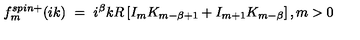
f _ { m } ^ { s p i n + } ( i k ) \ = \ i ^ { \beta } k R \left[ I _ { m } K _ { m - \beta + 1 } + I _ { m + 1 } K _ { m - \beta } \right] , m > 0